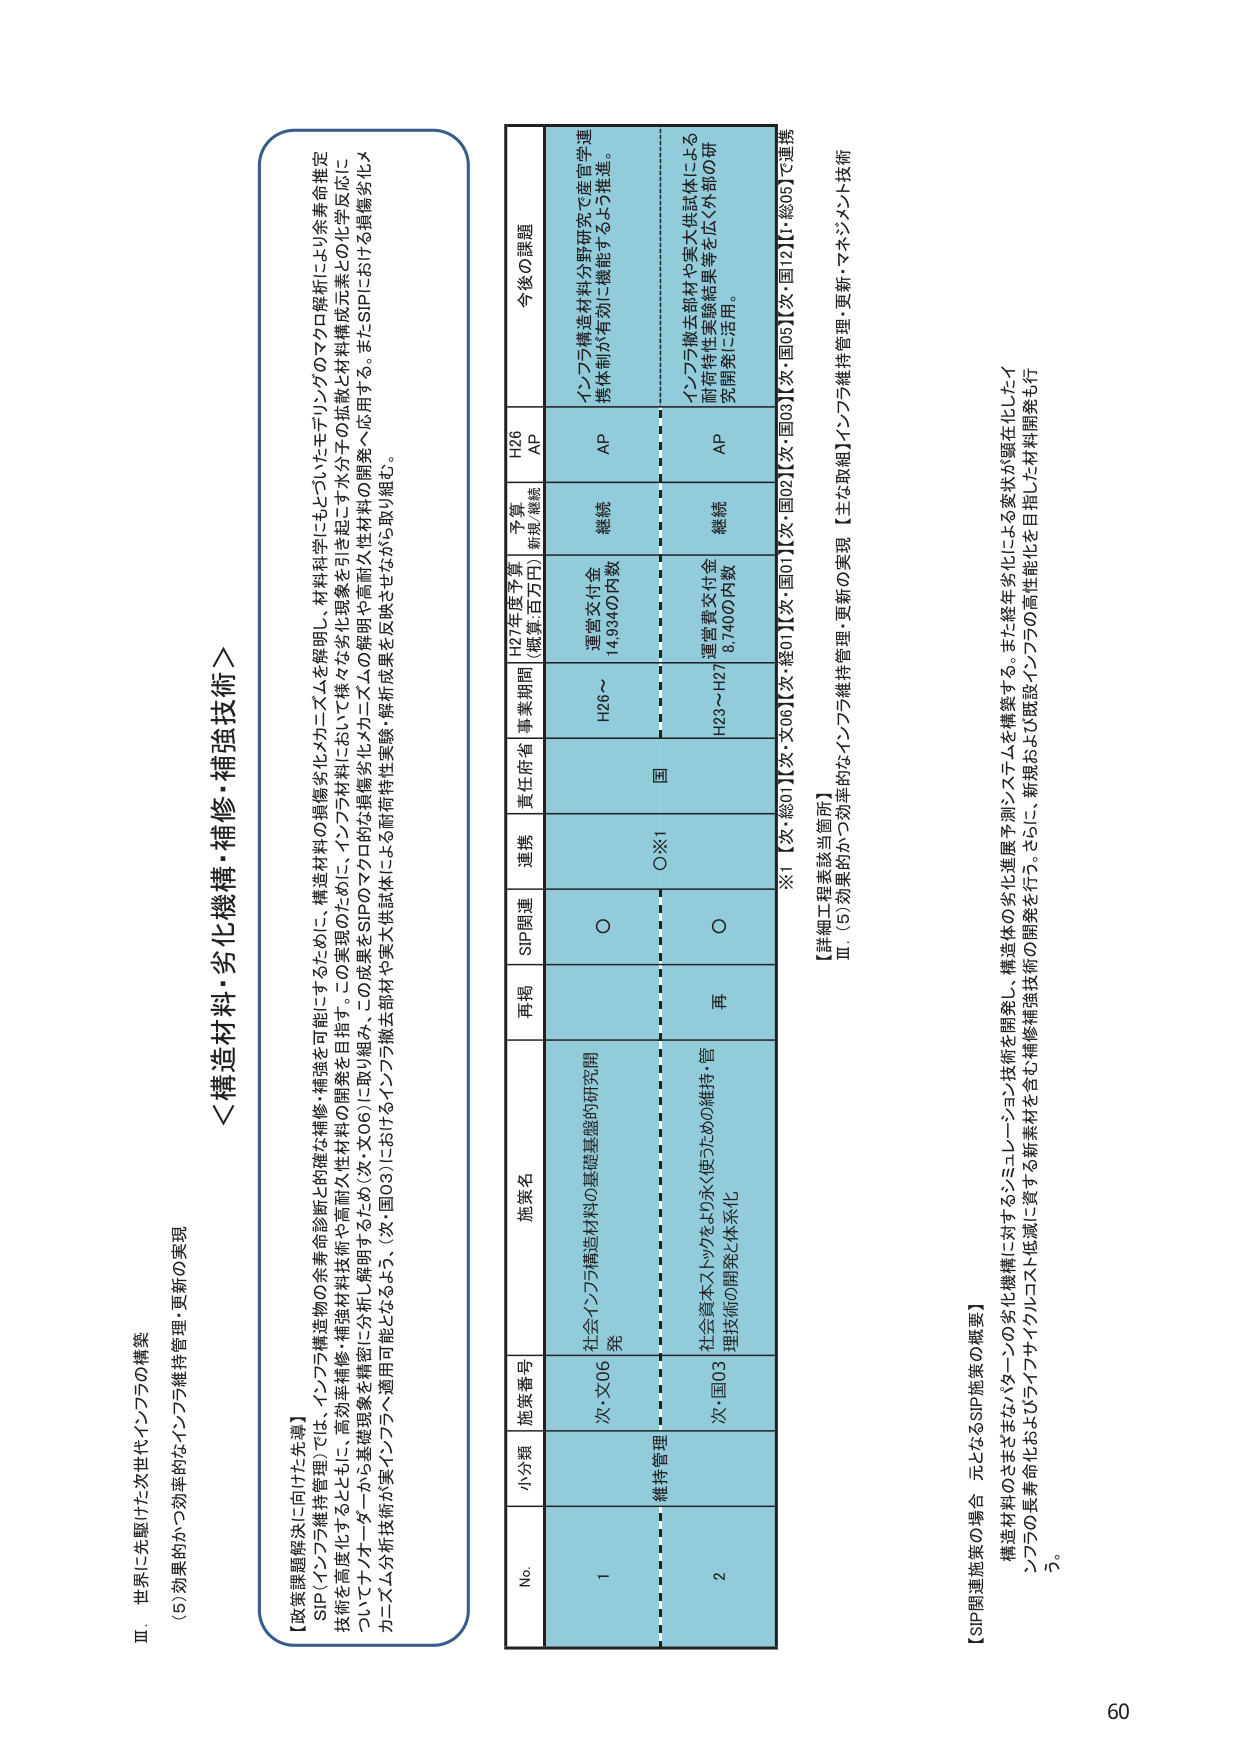
Ⅲ．世界に先駆けた次世代インフラの構築
(5)効果的かつ効率的なインフラ維持管理・更新の実現

【政策課題解決に向けた共通】
SIP（インフラ維持管理）では、インフラ構造物の余寿命診断と的確な補修・補強を可能にするために、構造材料の損傷劣化メカニズムを解明し、材料科学にもとづいたモデリングのマクロ解析により余寿命推定技術を高度化するとともに、高効率補修・補強材料技術や高耐久性材料の開発を目指す。この実現のために、インフラ材料において様々な劣化現象を引き起こす水分干渉の拡散と材料構成元素との化学反応についてナノオーダーから基礎現象を精密に分析し解明するため（次・文06）に取り組み、この成果をSIPのマクロ的損傷劣化メカニズムの解明や高耐久性材料の開発へ応用する。またSIPにおける損傷劣化メカニズム分析技術が実インフラへ適用可能となるよう、（次・国03）におけるインフラ撤去部材や実大供試体による耐荷性実験・解析成果を反映させながら取り組む。

＜構造材料・劣化機構・補修・補強技術＞

No. 小分類 施策番号 施策名 再掲 SIP関連 連携 責任府省 事業期間 H27年度予算 （概算:百万円） 予算 新規/継続 H26 AP 今後の課題
1 次・文06 社会インフラ構造材料の基礎基盤的研究開発 ○ ○※1 国 H26～ 運営費交付金 14,934の内数 継続 AP インフラ構造材料分野研究で産官学連携体制が有効に機能するよう推進。
2 維持管理 次・国03 社会資本ストックをより永く使うための維持・管理技術の開発と体系化 再 ○ H23～H27 運営費交付金 8,740の内数 継続 AP インフラ撤去部材や実大供試体による耐荷性実験結果等を広く外部の研究開発に活用。

※1【次・総01】【次・文06】【次・総07】【次・国01】【次・国02】【次・国03】【次・国05】【次・国12】【H・総05】で連携
【詳細工程表該当箇所】
Ⅲ．(5)効果的かつ効率的なインフラ維持管理・更新の実現【主な取組】インフラ維持管理・更新・マネジメント技術

【SIP関連施策の場合 元となるSIP施策の概要】
構造材料のさまざまなパターンの劣化機構に対するシミュレーション技術を開発し、構造体の劣化進展予測システムを構築する。また経年劣化による変状が顕在化したインフラの長寿命化およびライフサイクルコスト低減に資する新素材を含む補修補強技術の開発を行う。さらに、新規および既設インフラの高性能化を目指した材料開発も行う。

60